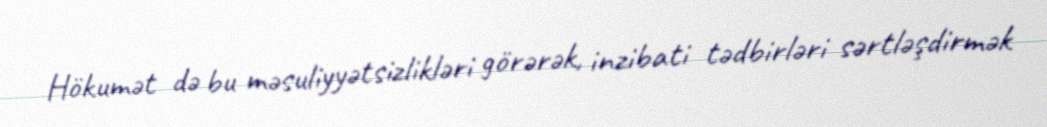
Hökumət də bu məsuliyyətsizlikləri görərək, inzibati tədbirləri sərtləşdirmək